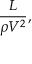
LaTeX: { \frac { L } { \rho V ^ { 2 } } } ,